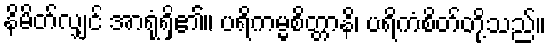
နိမိတ်လျှင် အာရုံရှိ၏။ ပရိကမ္မစိတ္တာနိ၊ ပရိကံစိတ်တို့သည်။